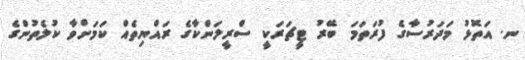
ނ. އަތޮޅު މަދަރުސާގެ ފުރަތަމަ ބޭރު ޓީޗަރަކީ ސްރީލަންކާގެ ރައްޔިތެއް ކަމަށްވާ ކުލެތުންގެ